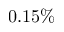
0 . 1 5 \%